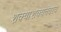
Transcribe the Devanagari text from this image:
शक्याशक्यतेवरचे